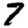
Digit: 7